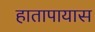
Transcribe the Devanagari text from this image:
हातापायास